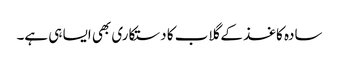
سادہ کاغذ کے گلاب کا دستکاری بھی ایسا ہی ہے۔